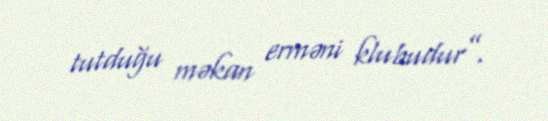
tutduğu məkan erməni klubudur”.